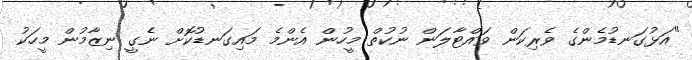
"އަޅުގަނޑުމެންގެ ވެރިކަން ވައްޓާލަން ނުކުތް މީހުން އެންމެ މައިގަނޑުކޮށް ނެގީ ނިޒާމުން މީހަކު